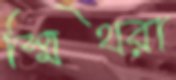
স্মিথরা